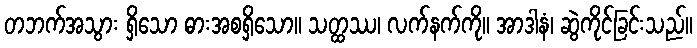
တဘက်အသွား ရှိသော ဓားအစရှိသော။ သတ္ထဿ၊ လက်နက်ကို။ အာဒါနံ၊ ဆွဲကိုင်ခြင်းသည်။